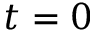
t = 0